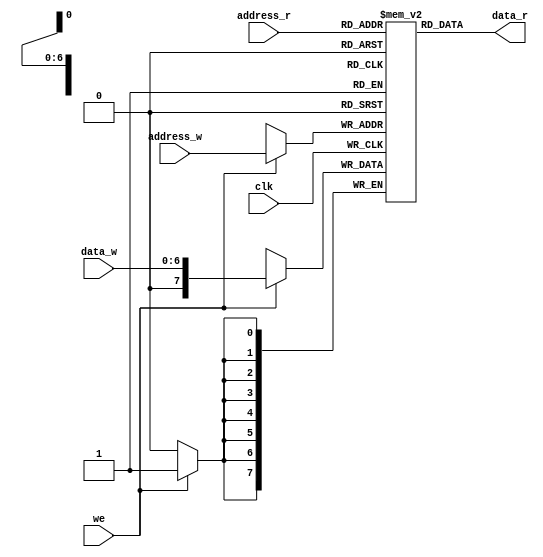
`timescale 1ns / 1ps
//////////////////////////////////////////////////////////////////////////////////
// Company: 
// 
// Design Name: 
// Module Name: reg_file
// Project Name: 
// Target Devices: 
// Tool Versions: 
// Description: 
// 
// Dependencies: 
// 
// Revision:
// Revision 0.01 - File Created
// Additional Comments:
// 
//////////////////////////////////////////////////////////////////////////////////


module reg_file #(parameter ADDR_WIDTH /*N*/ = 7 ,DATA_WIDTH/*Bits*/ = 8)(
    input clk,
    input we,
    input [ADDR_WIDTH -1: 0]address_w , address_r,
    input [ADDR_WIDTH -1: 0] data_w,
    output [DATA_WIDTH-1 : 0] data_r
    );
    
    reg [DATA_WIDTH - 1:0] memory[0:2**ADDR_WIDTH -1];
    
    always@(posedge clk)
    begin
            //synchronous wirte port
            if(we)
            memory[address_w] <=  data_w;
    end
    
    //Asynchronous read port
    assign data_r = memory[address_r];
    
endmodule